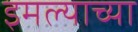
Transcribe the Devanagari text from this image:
इमल्याच्या